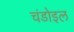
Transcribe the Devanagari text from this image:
चंडोइल